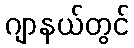
ဂျာနယ်တွင်